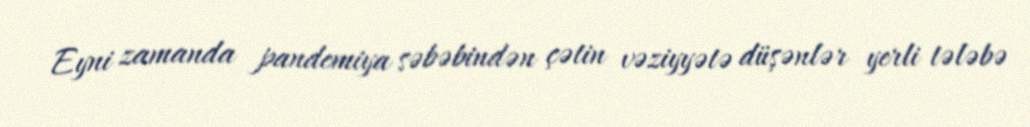
Eyni zamanda pandemiya səbəbindən çətin vəziyyətə düşənlər yerli tələbə